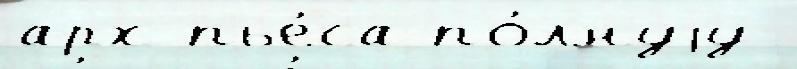
арх пье́са по́лнуjу